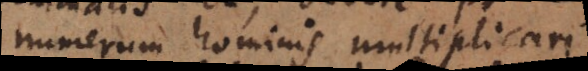
numerum hominis multiplicari